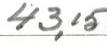
43,15